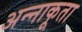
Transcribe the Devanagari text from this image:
अन्‍नाकूता